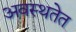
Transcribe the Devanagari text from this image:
अवस्थतेत